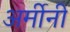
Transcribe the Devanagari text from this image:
अर्मीनी